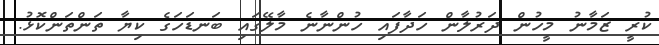
ކުރީ ޒަމާނު މީހުން ދަރުލާން ހަދާފައި ހުންނާނެ މާލޭގައި ބަނޑަހަގެ ކިޔާ ތަންތަންކޮޅު.